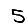
Digit: 5